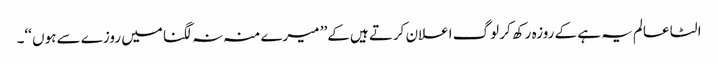
الٹا عالم یہ ہے کے روزہ رکھ کر لوگ اعلان کرتے ہیں کے’’ میرے منہ نہ لگنا میں روزے سے ہوں ‘‘۔